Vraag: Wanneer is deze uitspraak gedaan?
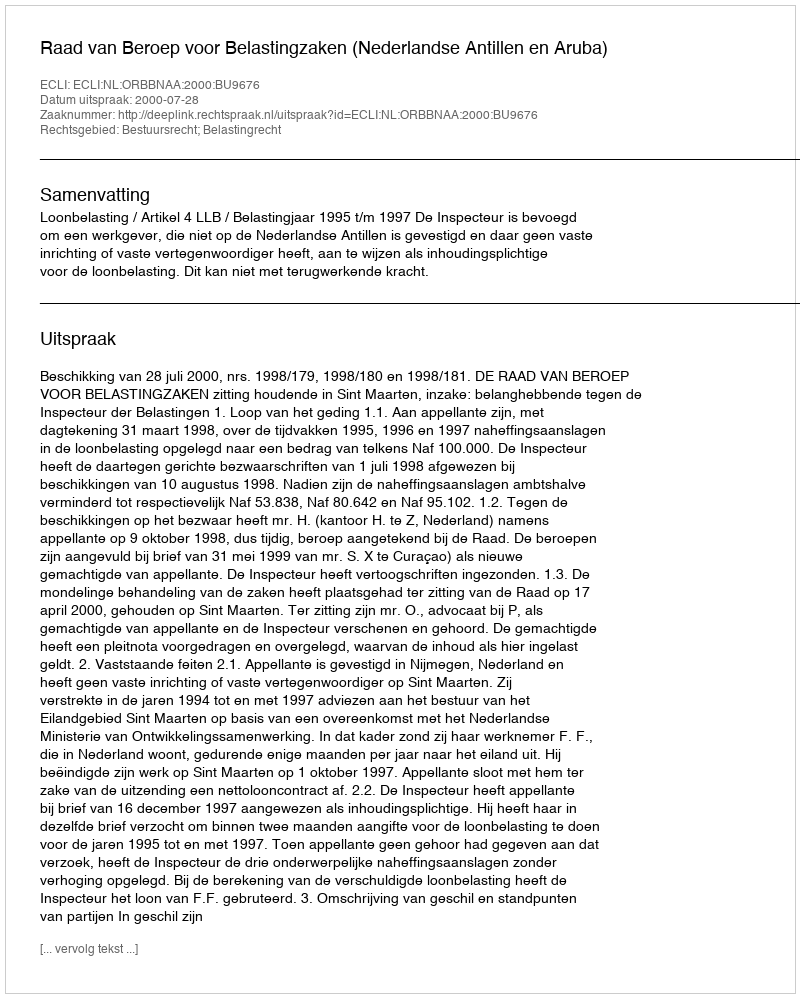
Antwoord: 2000-07-28